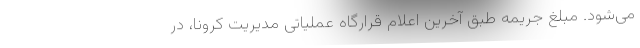
می‌شود. مبلغ جریمه طبق آخرین اعلام قرارگاه عملیاتی مدیریت کرونا، در